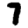
Digit: 7